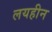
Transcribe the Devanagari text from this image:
लयहीन